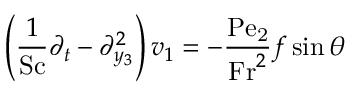
\left( \frac { 1 } { \mathrm { S c } } \partial _ { t } - \partial _ { y _ { 3 } } ^ { 2 } \right) v _ { 1 } = - \frac { \mathrm { P e _ { 2 } } } { \mathrm { F r } ^ { 2 } } f \sin \theta